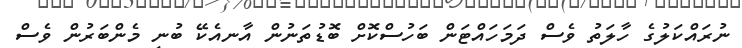
ނުރައްކަލުގެ ހާލަތު ވެސް ދަމަހައްޓަން ބަހުސްކޮށް ބޮޑުތަނުން އާނއެކޭ ބުނި މެންބަރުން ވެސް